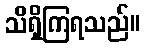
သိရှိကြရသည်။